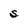
Character: S